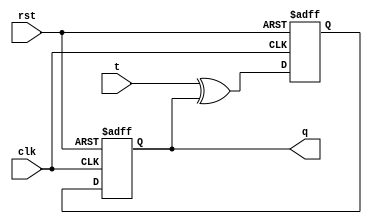
module t_flip_flop (
    input wire clk,
    input wire rst,
    input wire t,
    output reg q
);

reg d;

always @(posedge clk or negedge rst) begin
    if (rst == 1'b0) begin
        d <= 1'b0;
    end else begin
        d <= t ^ q;
    end
end

always @(posedge clk or negedge rst) begin
    if (rst == 1'b0) begin
        q <= 1'b0;
    end else begin
        q <= d;
    end
end

endmodule